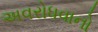
અવરોધવાનો